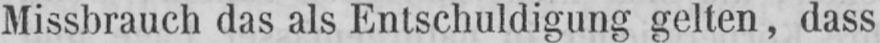
Missbrauch das als Entschuldigung gelten, dass